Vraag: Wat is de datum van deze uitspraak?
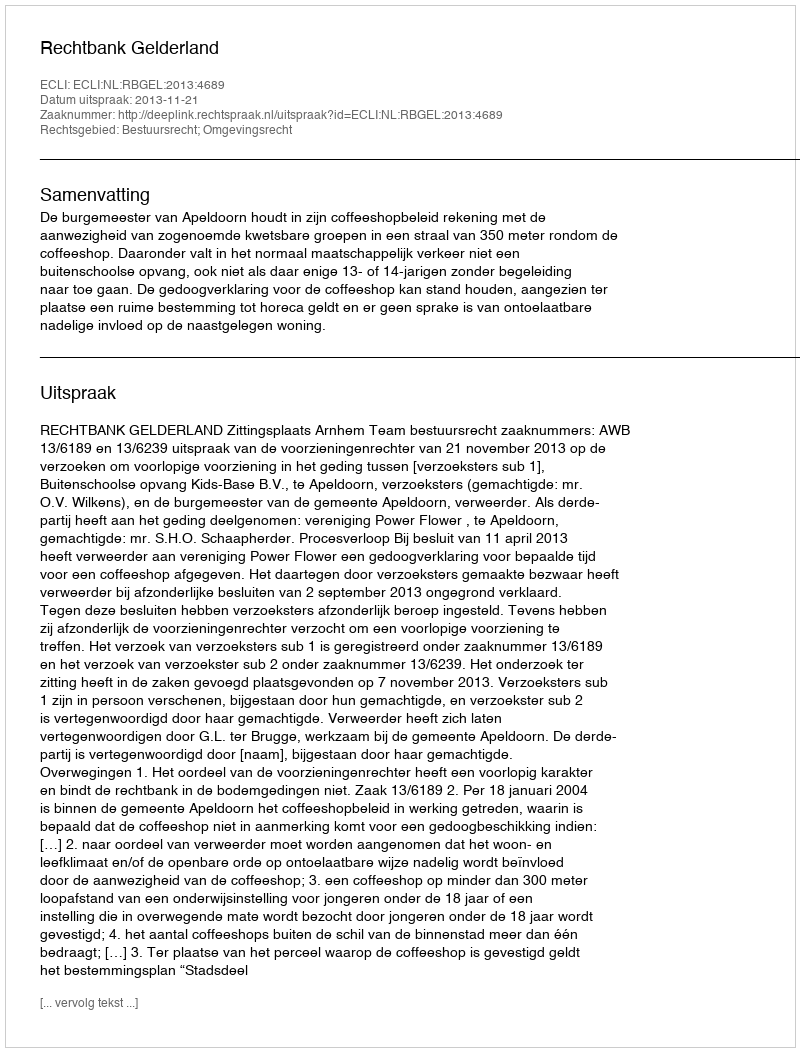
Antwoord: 2013-11-21